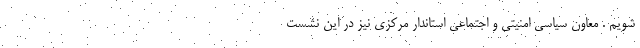
شویم . معاون سیاسی امنیتی و اجتماعی استاندار مرکزی نیز در این نشست